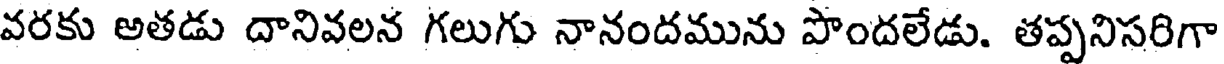
వరకు అతడు దానివలన గలుగు నానందమును పొందలేడు. తప్పనిసరిగా